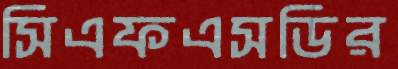
সিএফএসডির